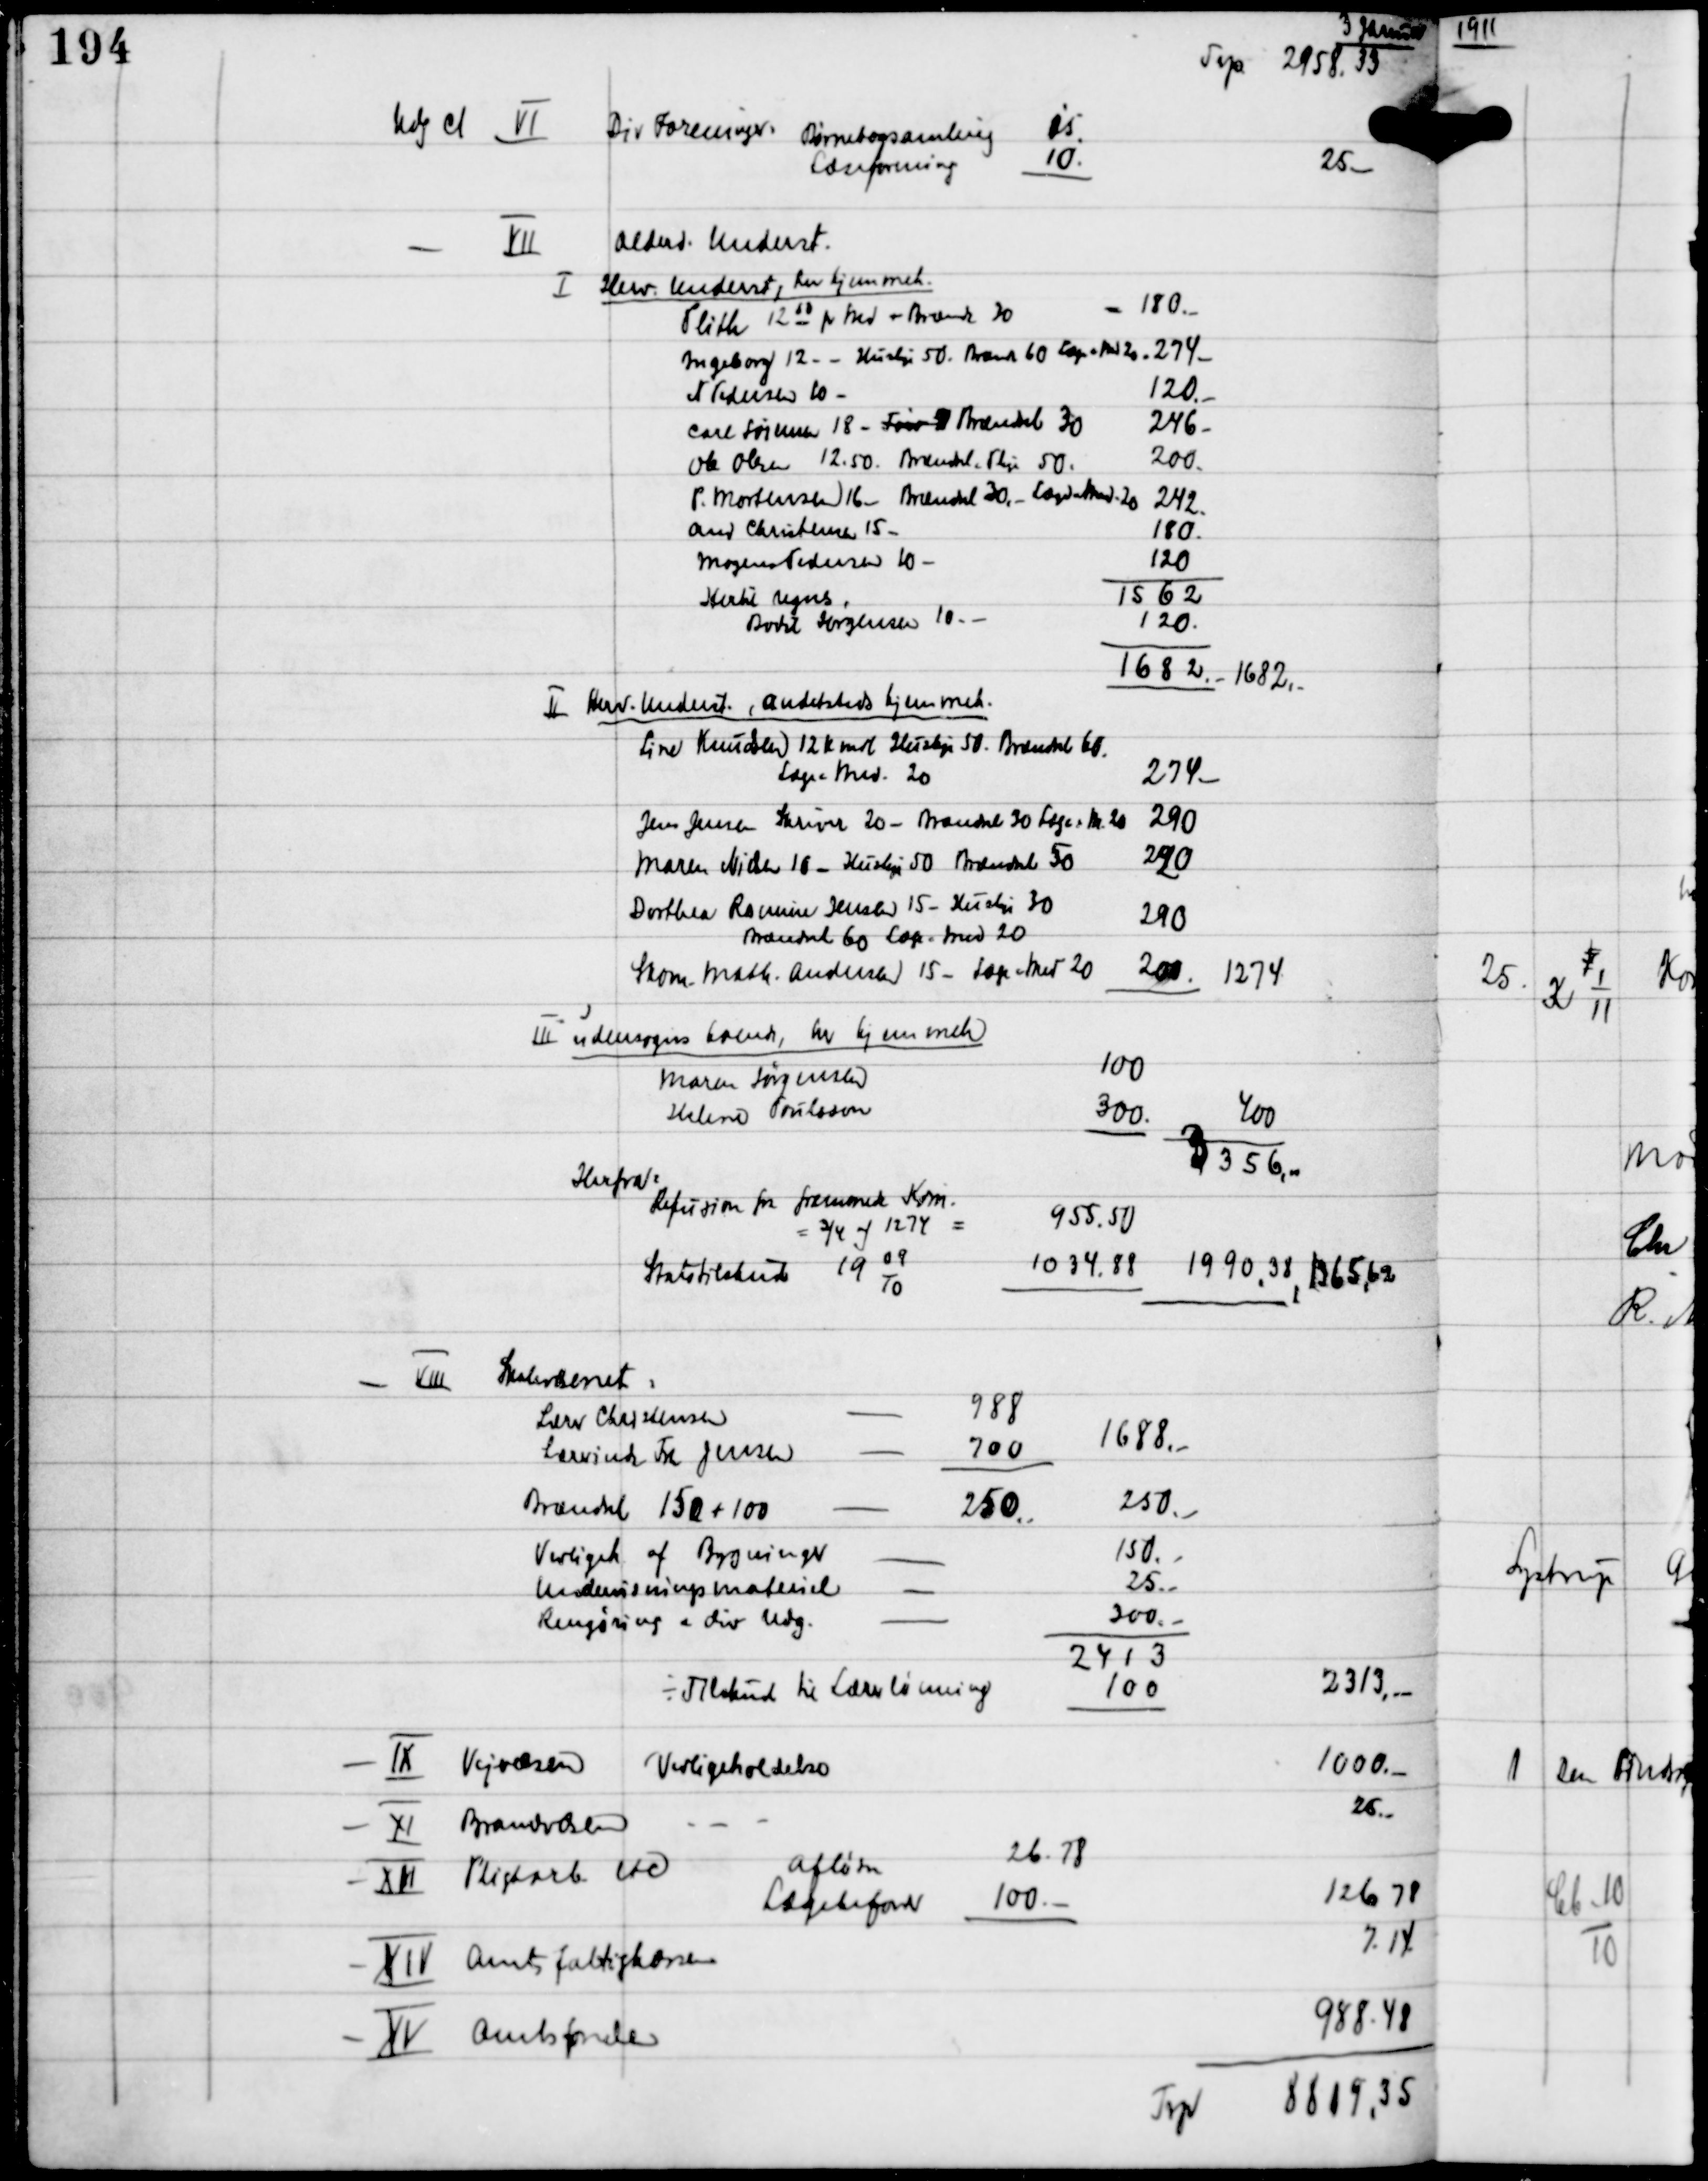
Transskription:
3 Januar

Trp 2858.33

1562
Hertil regnes
Bodil Jørgensen 10.-
120.-

1682.- 1682.-

II Herv Underst andetsteds hjemmeh.